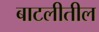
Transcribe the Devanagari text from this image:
बाटलीतील